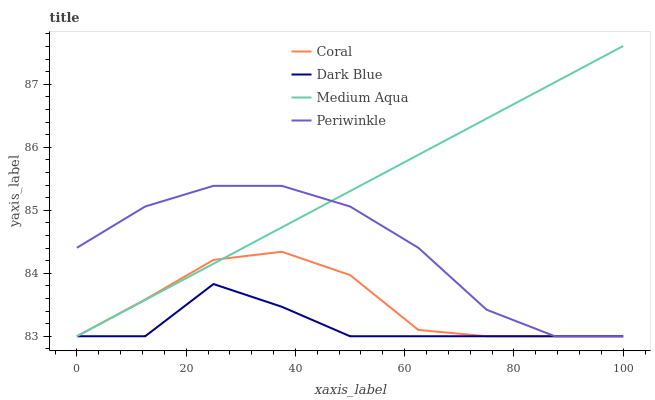
| xaxis_label | Coral | Dark Blue | Medium Aqua | Periwinkle |
 | --- | --- | --- | --- | --- |
 | 0 | 83 | 83 | 83 | 84.4 |
 | 12.5 | 83.6 | 83 | 83.6 | 85.1 |
 | 25 | 84.2 | 83.8 | 84.2 | 85.4 |
 | 37.5 | 84.3 | 83.5 | 84.7 | 85.4 |
 | 50 | 84 | 83 | 85.3 | 85.1 |
 | 62.5 | 83.1 | 83 | 85.9 | 84.4 |
 | 75 | 83 | 83 | 86.5 | 83.4 |
 | 87.5 | 83 | 83 | 87 | 83 |
 | 100 | 83 | 83 | 87.6 | 83 |